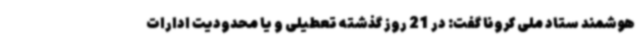
هوشمند ستاد ملی کرونا گفت: در 21 روز گذشته تعطیلی و یا محدودیت ادارات